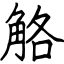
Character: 觡